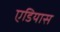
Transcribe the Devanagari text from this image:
एडियास